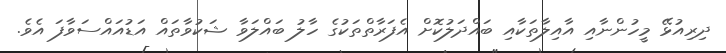
ދިރިއުޅޭ މީހުންނާއި އާއިލާތަކާއި ބައްދަލުކޮށް އެފަރާތްތަކުގެ ހާލު ބައްލަވާ ޝަކުވާތައް އަޑުއައްސަވާފަ އެވެ.